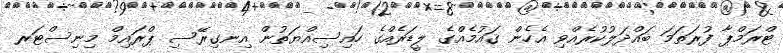
ޓްރަމްޕާ ފުރަތަމަ ބައްދަލުކުރެއްވި އެހެން ޤައުމެއްގެ ލީޑަރެއްގެ ހައިސިއްޔަތުން އިނގިރޭސި ޕްރައިމް މިނިސްޓަރ